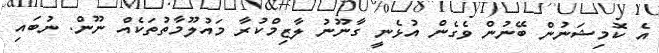
އެ ކޮމިޝަނުން ބޭނުން ވެގެން އުޅެނީ ގާނޫނު ލާޒިމްކުރާ މައުލޫމާތުތަކެއް ނޫން. ނުބައި